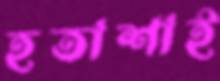
হতাশাই